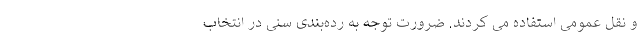
و نقل عمومی استفاده می کردند. ضرورت توجه به رده‌بندی سنی در انتخاب